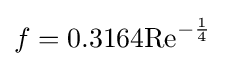
f=0.3164\mathrm {Re} ^{-{1 \over 4}}